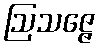
ဩသဇ္ဇေ